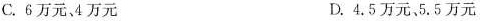
C.6万元、4万元 D.4.5万元、5.5万元